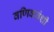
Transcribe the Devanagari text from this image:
वणिकवंशी